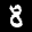
Label: 8